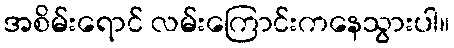
အစိမ်းရောင် လမ်းကြောင်းကနေသွားပါ။